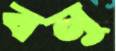
বনু